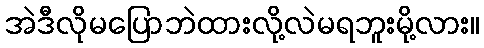
အဲဒီလိုမပြောဘဲထားလို့လဲမရဘူးမို့လား။